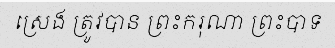
ស្រេង ត្រូវបាន ព្រះករុណា ព្រះបាទ